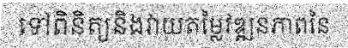
ទៅពិនិត្យនិងវាយតម្លៃវឌ្ឍនភាពនៃ